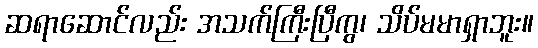
ဆရာဆောင်လည်း အသက်ကြီးပြီကွ၊ သိပ်မမာရှာဘူး။